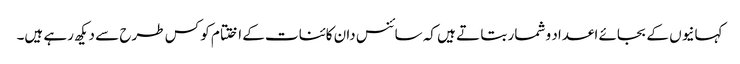
کہانیوں کے بجائے اعداد و شمار بتا تے ہیں کہ سائنس دان کائنات کے اختتام کو کس طرح سے دیکھ رہے ہیں۔